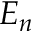
E _ { n }